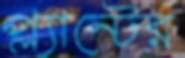
প্ল্যান্টের